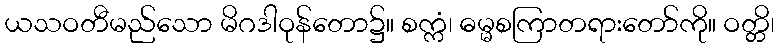
ယသဝတီမည်သော မိဂဒါဝုန်တော၌။ စက္ကံ၊ ဓမ္မစကြာတရားတော်ကို။ ဝတ္တိ၊